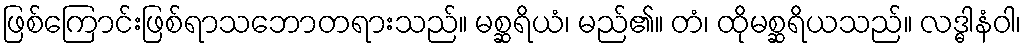
ဖြစ်ကြောင်းဖြစ်ရာသဘောတရားသည်။ မစ္ဆရိယံ၊ မည်၏။ တံ၊ ထိုမစ္ဆရိယသည်။ လဒ္ဓါနံဝါ၊